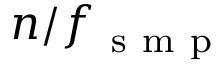
n / f _ { \mathrm { ~ s ~ m ~ p ~ } }